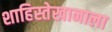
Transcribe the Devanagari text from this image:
शाहिस्तेखानाला